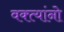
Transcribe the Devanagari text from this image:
वक्त्यांनो